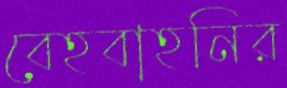
বেহবাহনির